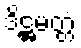
ဒိဋ္ဌမတ္တံ